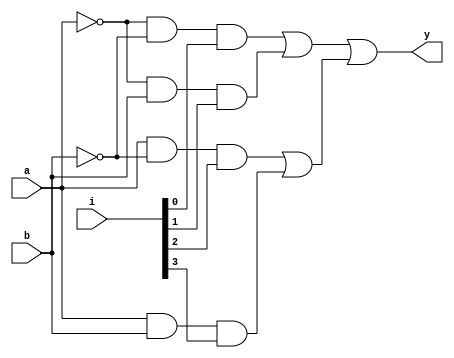
module mux_4x1(i,a,b,y);

	input [3:0] i;
	input a,b;
	output y;
	
	wire [6:1] w;
	wire a_n,b_n,y;
	
	assign a_n = ~ a;
	assign b_n = ~ b;
	assign w[1] = a_n & b_n & i[0];
	assign w[2] = a_n & b & i[1];
	assign w[3] = a & b_n & i[2];
	assign w[4] = a & b & i[3];
	
	assign w[5] = w[1] | w[2];
	assign w[6] = w[3] | w[4];
	assign y = w[5] | w[6];
	
	
	
endmodule